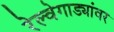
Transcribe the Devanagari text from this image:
रेल्वेगाड्यांवर